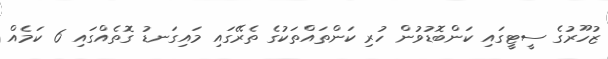
ޒުހޫރުގެ ސީޓީގައި ކަންބޮޑުވުން ހުރި ކަންތައްތަކުގެ ތެރޭގައި މައިގަނޑު ގޮތެއްގައި 6 ކަމެއް